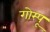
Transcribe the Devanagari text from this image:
गोम्‍पू